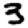
Digit: 3